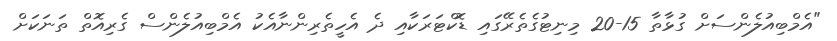
"އެމްބިއުލެންސަށް ގުޅާތާ 15-20 މިނިޓުގެތެރޭގައި ޑޮކްޓަރަކާއި ދެ އެހީތެރިންނާއެކު އެމްބިއުލެންސް ގެރިއޮތް ތަނަކަށް